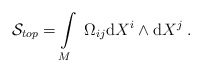
\begin{align*}\mathcal{S}_{top}=\int\limits_{M}\;\Omega_{ij}{\rm d}X^i\wedge{\rm d}X^j\;.\end{align*}